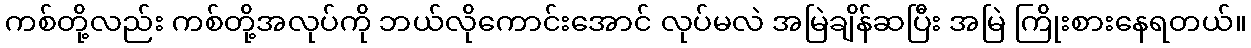
ကစ်တို့လည်း ကစ်တို့အလုပ်ကို ဘယ်လိုကောင်းအောင် လုပ်မလဲ အမြဲချိန်ဆပြီး အမြဲ ကြိုးစားနေရတယ်။